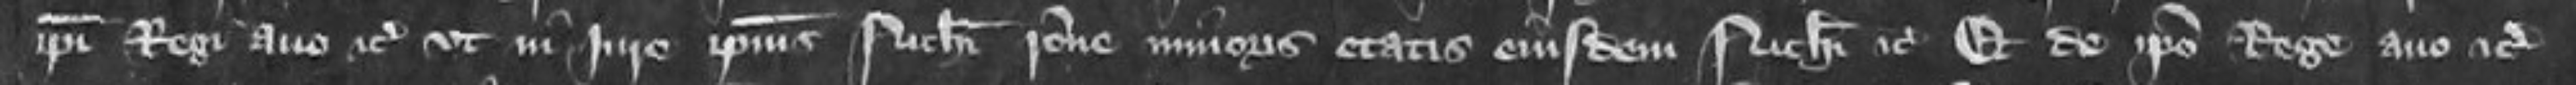
ipsi Regi avo etc ut in iure ipsius Nicholai ratione minoris etatis eiusdem Nicholai etc et de ipso Rege avo etc